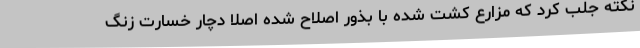
نکته جلب کرد که مزارع کشت شده با بذور اصلاح شده اصلاً دچار خسارت زنگ